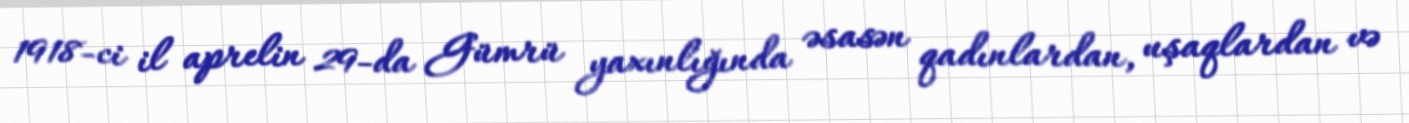
1918-ci il aprelin 29-da Gümrü yaxınlığında əsasən qadınlardan, uşaqlardan və